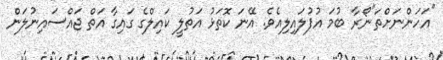
"އަހަންނަށްތަ"ނޯރާ ބުމަ އުފުލައިލިއެވެ. އޭނަ ކޮތަޅު އަތުލީ ކައިލްގެ ގައިގާ އަތް ޖައްސައިނުލަން